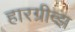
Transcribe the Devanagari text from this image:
हारग्रीव्झ